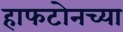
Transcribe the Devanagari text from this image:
हाफटोनच्या